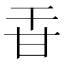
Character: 𤮻